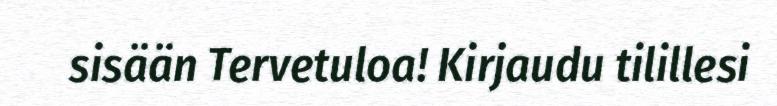
sisään Tervetuloa! Kirjaudu tilillesi